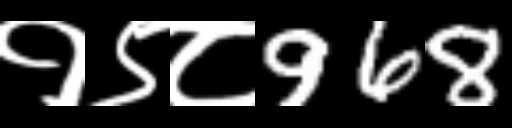
Text: १९८968